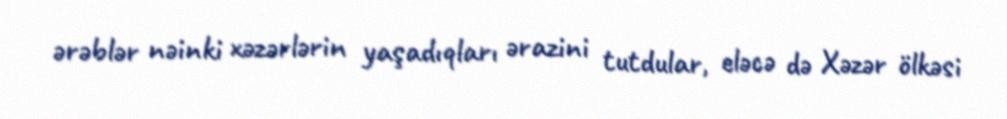
ərəblər nəinki xəzərlərin yaşadıqları ərazini tutdular, eləcə də Xəzər ölkəsi